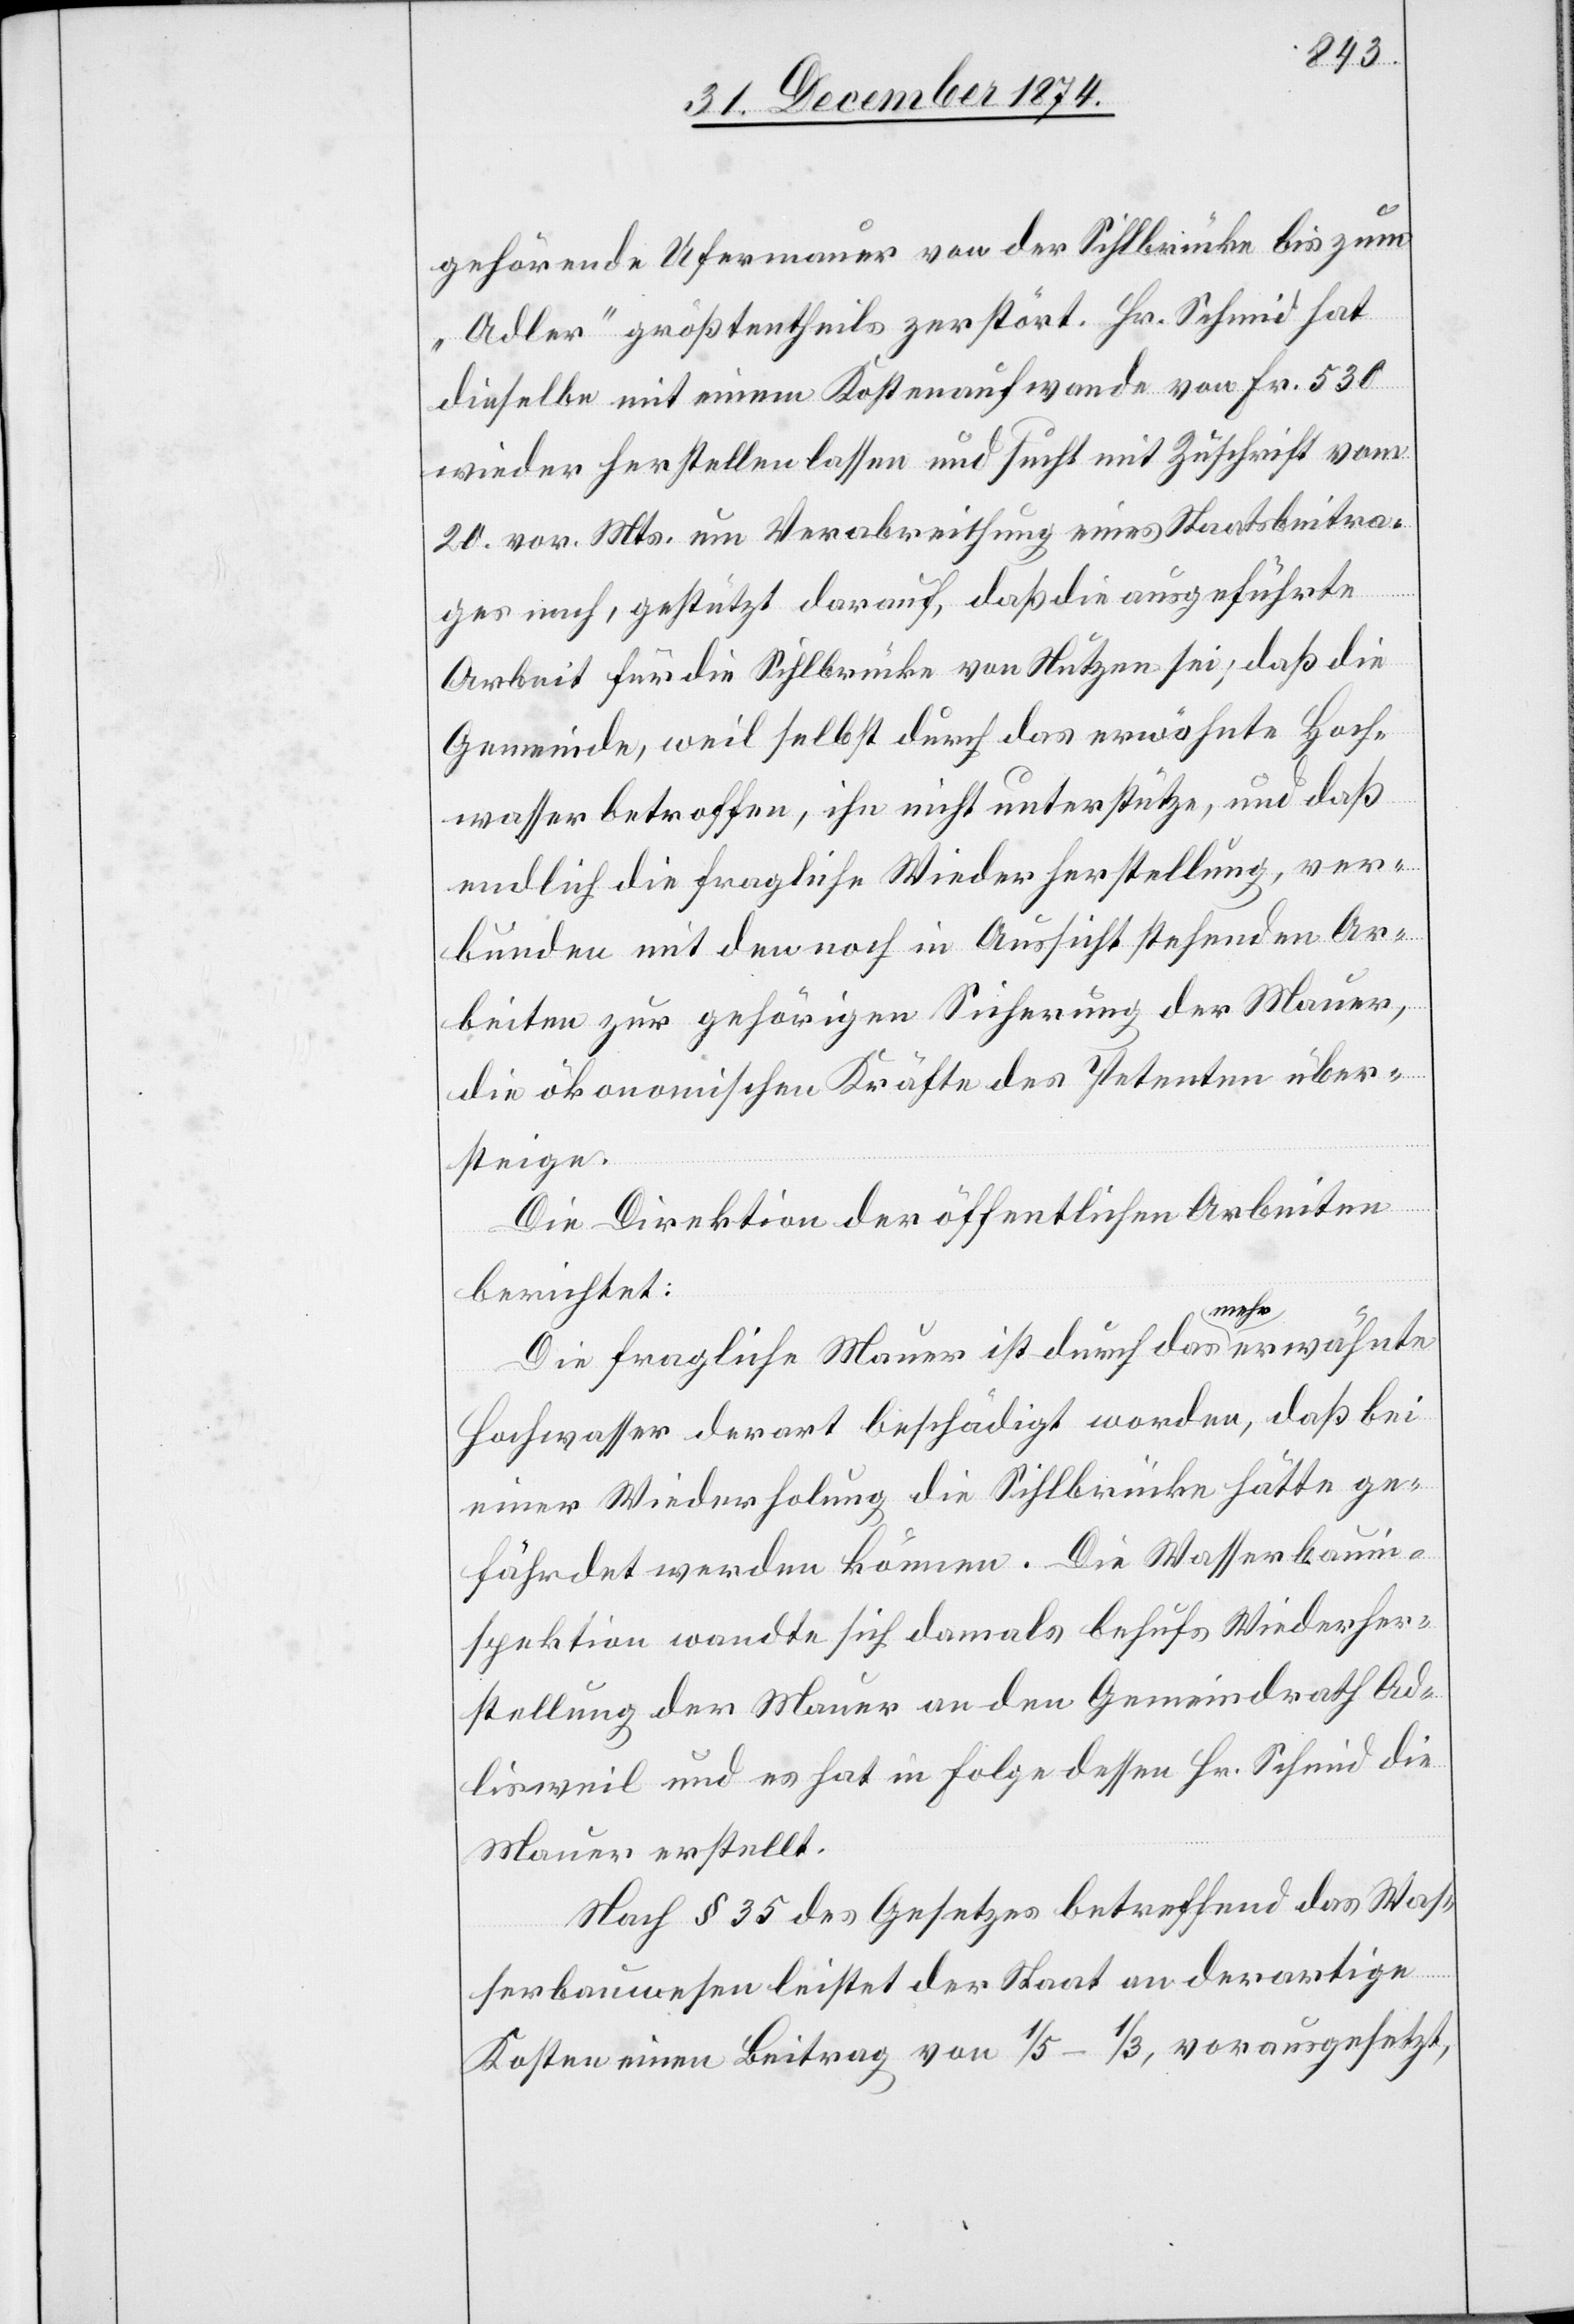
gehörende Ufermauer von der Sihlbrücke bis zum
„Adler“ größtentheils zerstört. Hr. Schmid hat
dieselbe mit einem Kostenaufwande von Fr. 530
wieder herstellen lassen und sucht mit Zuschrift vom
20. vor. Mts. um Verabreichung eines Staatsbeitra¬
ges nach, gestützt darauf, daß die ausgeführte
Arbeit für die Sihlbrücke von Nutzen sei; daß die
Gemeinde, weil selbst durch das erwähnte Hoch¬
wasser betroffen, ihn nicht unterstütze, und daß
endlich die fragliche Wiederherstellung, ver¬
bunden mit den noch in Aussicht stehenden Ar¬
beiten zur gehörigen Sicherung der Mauer,
die ökonomischen Kräfte des Petenten über¬
steigen.
Die Direktion der öffentlichen Arbeiten
berichtet:
Die fragliche Mauer ist durch das a-mehr-aerwähnte
Hochwasser derart beschädigt worden, daß bei
einer Wiederholung die Sihlbrücke hätte ge¬
fährdet werden können. Die Wasserbauin¬
spektion wandte sich damals behufs Wiederher¬
stellung der Mauer an den Gemeindrath Ad¬
lisweil und es hat in Folge dessen Hr. Schmid die
Mauer erstellt.
Nach § 35 des Gesetzes betreffend das Was¬
serbauwesen leistet der Staat an derartige
Kosten einen Beitrag von 1/5–1/3, vorausgesetzt,